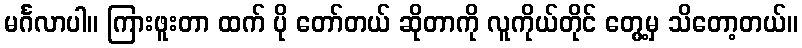
မင်္ဂလာပါ။ ကြားဖူးတာ ထက် ပို တော်တယ် ဆိုတာကို လူကိုယ်တိုင် တွေ့မှ သိတော့တယ်။